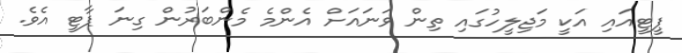
ޕީޓީއައި އަކީ މަޖިލީހުގައި ތިން ވަނައަށް އެންމެ މެންބަރުން ގިނަ ޕާޓީ އެވެ.